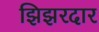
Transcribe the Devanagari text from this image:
झिझरदार